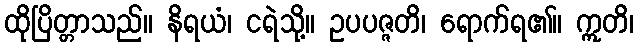
ထိုပြိတ္တာသည်။ နိရယံ၊ ငရဲသို့။ ဥပပဇ္ဇတိ၊ ရောက်ရ၏။ ဣတိ၊